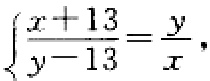
$\begin{cases}\dfrac{x + 13}{y}=\dfrac{y}{x},\\\dfrac{y - 13}{x}=\dfrac{x}{y},\end{cases}$